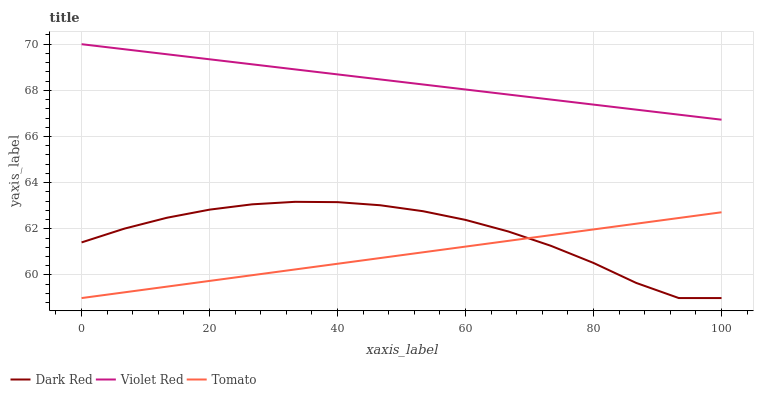
| xaxis_label | Dark Red | Violet Red | Tomato |
 | --- | --- | --- | --- |
 | 0 | 61.4 | 70 | 59 |
 | 6.67 | 62 | 69.8 | 59.2 |
 | 13.3 | 62.5 | 69.6 | 59.5 |
 | 20 | 62.8 | 69.3 | 59.7 |
 | 26.7 | 63.1 | 69.1 | 60 |
 | 33.3 | 63.2 | 68.9 | 60.2 |
 | 40 | 63.2 | 68.7 | 60.5 |
 | 46.7 | 63 | 68.5 | 60.7 |
 | 53.3 | 62.8 | 68.3 | 61 |
 | 60 | 62.4 | 68 | 61.2 |
 | 66.7 | 61.9 | 67.8 | 61.5 |
 | 73.3 | 61.3 | 67.6 | 61.7 |
 | 80 | 60.5 | 67.4 | 62 |
 | 86.7 | 59.7 | 67.2 | 62.2 |
 | 93.3 | 59 | 66.9 | 62.5 |
 | 100 | 59 | 66.7 | 62.7 |